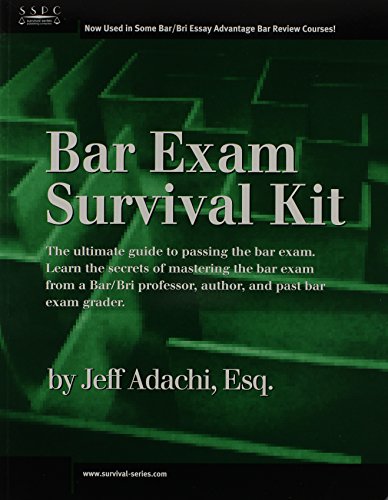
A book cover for Bar Exam Survival Kit 2008; Jeff Adachi; Test Preparation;